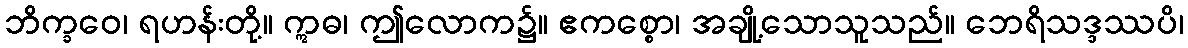
ဘိက္ခဝေ၊ ရဟန်းတို့။ ဣဓ၊ ဤလောက၌။ ဧကစ္စော၊ အချို့သောသူသည်။ ဘေရိသဒ္ဒဿပိ၊